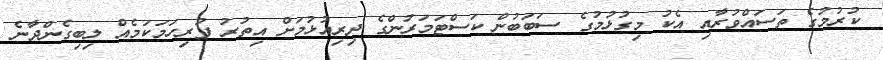
ކުރުމުގެ ތަސައްވުރާއި އެކު މިގުޅުމުގެ ސަބަބުން ކަސްޓަމަރުންގެ ދިރިއުޅުމަށް އިތުރު ފުރިހަމަކަމެއް ލިބިގެންދާނެ